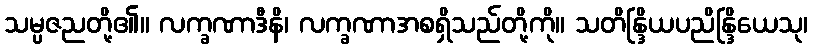
သမ္ပဇညတို့၏။ လက္ခဏာဒီနိ၊ လက္ခဏာအစရှိသည်တို့ကို။ သတိန္ဒြိယပညိန္ဒြိယေသု၊